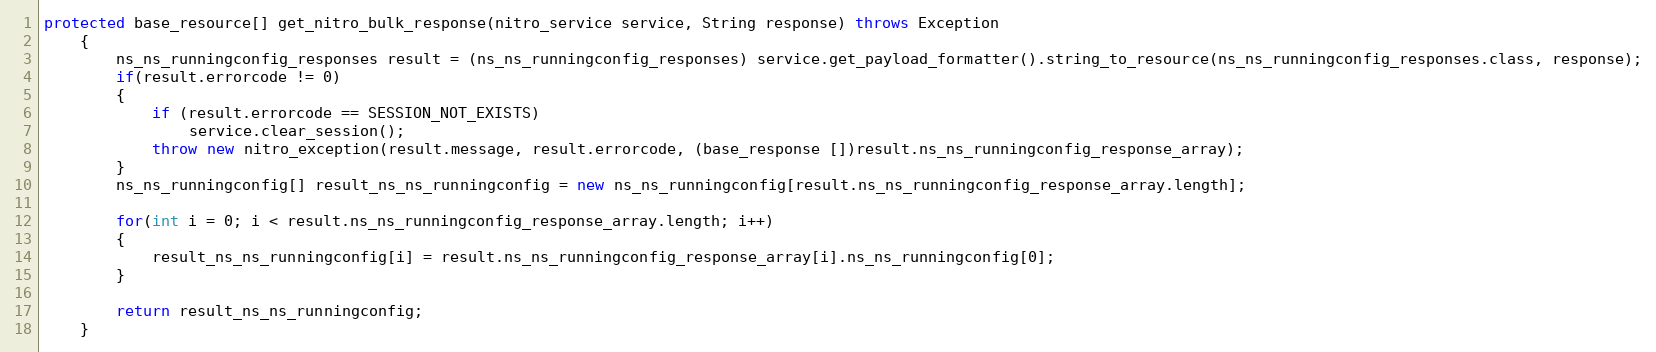
Language: Java
protected base_resource[] get_nitro_bulk_response(nitro_service service, String response) throws Exception
	{
		ns_ns_runningconfig_responses result = (ns_ns_runningconfig_responses) service.get_payload_formatter().string_to_resource(ns_ns_runningconfig_responses.class, response);
		if(result.errorcode != 0)
		{
			if (result.errorcode == SESSION_NOT_EXISTS)
				service.clear_session();
			throw new nitro_exception(result.message, result.errorcode, (base_response [])result.ns_ns_runningconfig_response_array);
		}
		ns_ns_runningconfig[] result_ns_ns_runningconfig = new ns_ns_runningconfig[result.ns_ns_runningconfig_response_array.length];

		for(int i = 0; i < result.ns_ns_runningconfig_response_array.length; i++)
		{
			result_ns_ns_runningconfig[i] = result.ns_ns_runningconfig_response_array[i].ns_ns_runningconfig[0];
		}

		return result_ns_ns_runningconfig;
	}